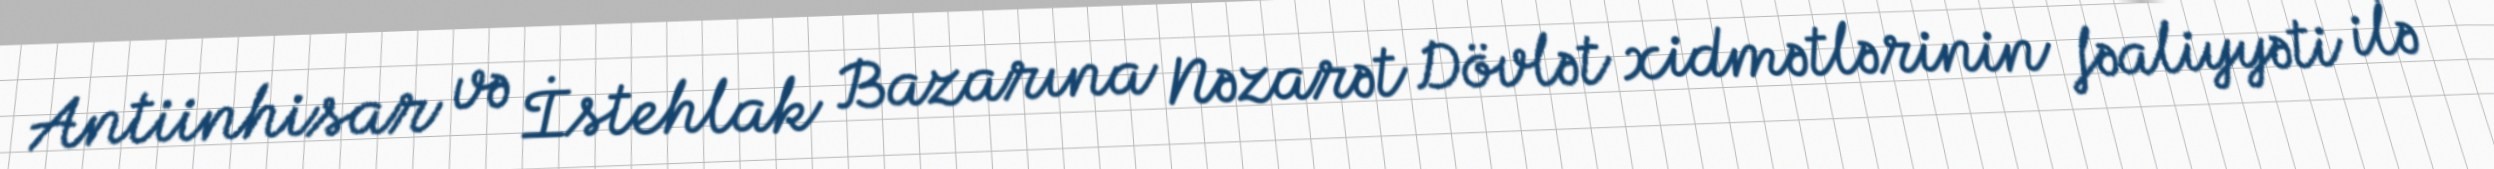
Antiinhisar və İstehlak Bazarına Nəzarət Dövlət xidmətlərinin fəaliyyəti ilə